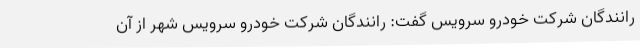
رانندگان شرکت خودرو سرویس گفت: رانندگان شرکت خودرو سرویس شهر از آن